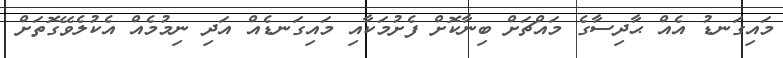
މައިގަނޑު އެއް ޙާދިސާގެ މައްޗަށް ބިނާކޮށް ފެށުމަކާއި މައިގަނޑެއް އަދި ނިމުމެއް އެކުލެވޭގޮތަށް